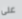
على